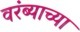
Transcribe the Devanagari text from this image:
वरंब्याच्या